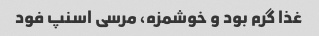
غذا گرم بود و خوشمزه، مرسی اسنپ فود